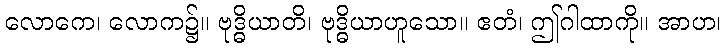
လောကေ၊ လောက၌။ ဗုဒ္ဓိယာတိ၊ ဗုဒ္ဓိယာဟူသော။ ဧတံ၊ ဤဂါထာကို။ အာဟ၊